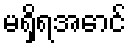
မရှိရအောင်